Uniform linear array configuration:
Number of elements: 24
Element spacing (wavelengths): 0.5
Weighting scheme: blackman
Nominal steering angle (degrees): -45
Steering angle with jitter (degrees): -43.916
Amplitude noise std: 0.05
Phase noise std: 0.05

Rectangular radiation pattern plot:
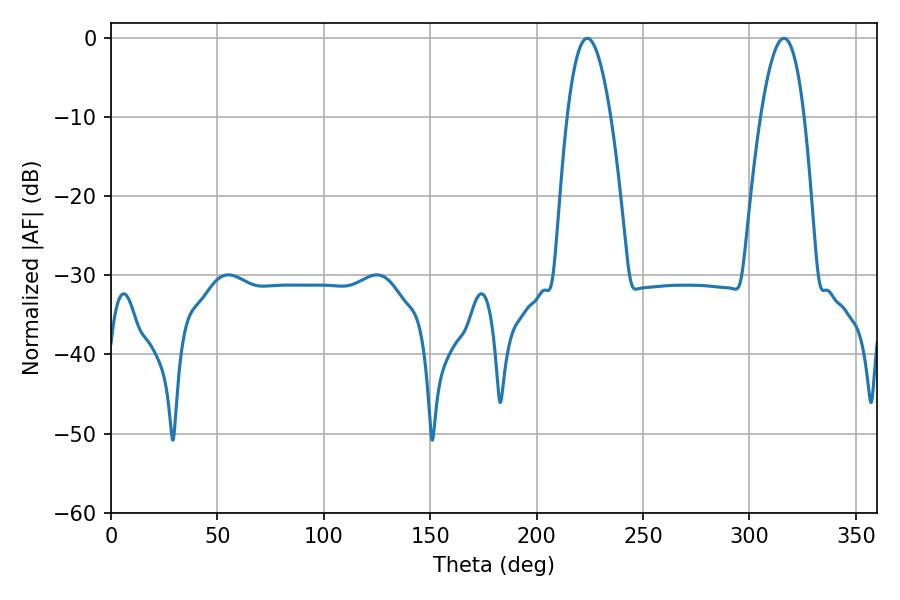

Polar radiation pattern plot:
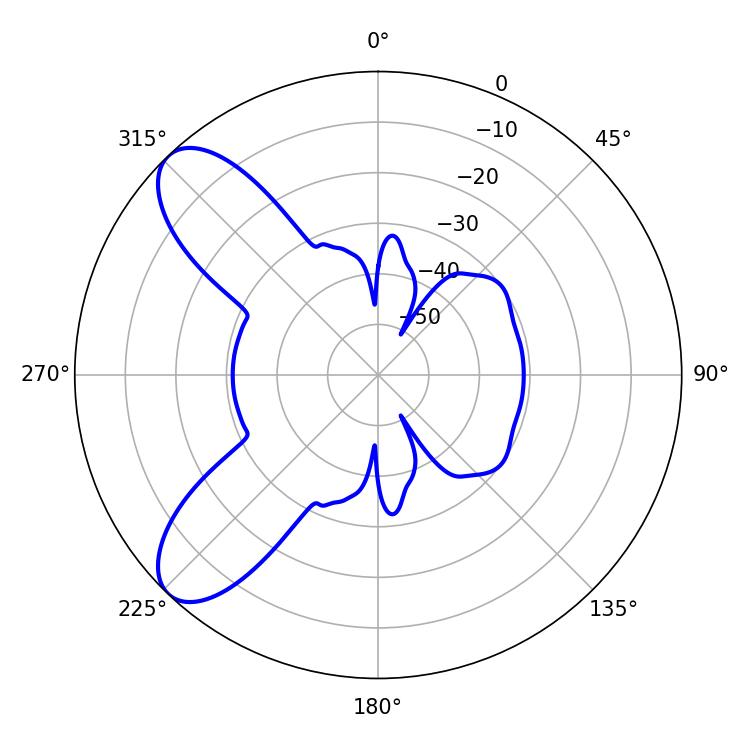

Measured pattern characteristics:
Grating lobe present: FALSE
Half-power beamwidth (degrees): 11.16
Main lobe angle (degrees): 316.26